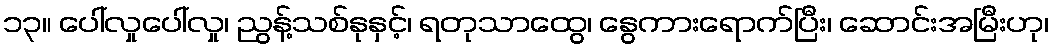
၁၃။ ပေါ်လှုပေါ်လှု၊ ညွန့်သစ်နုနှင့်၊ ရတုသာထွေ၊ နွေကားရောက်ပြီး၊ ဆောင်းအမြီးဟု၊